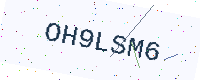
Text: OH9LSM6